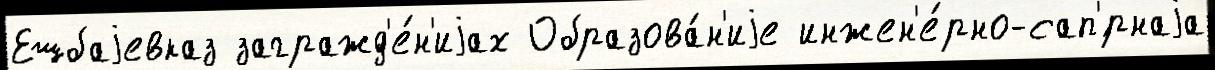
Ешбаjевказ загражд'е́н'иjах Образова́н'иjе инжен'е́рно-сап'́рнаjа